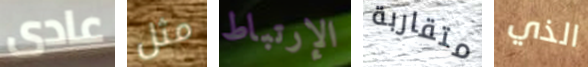
عادى مثل الإرتباط متقاربة الذي